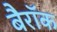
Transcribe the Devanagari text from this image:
बैरॉक